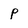
Character: P